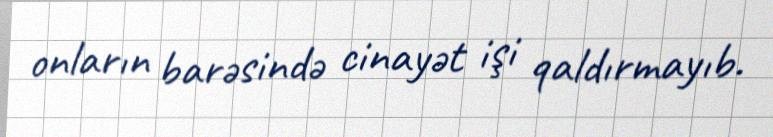
onların barəsində cinayət işi qaldırmayıb.